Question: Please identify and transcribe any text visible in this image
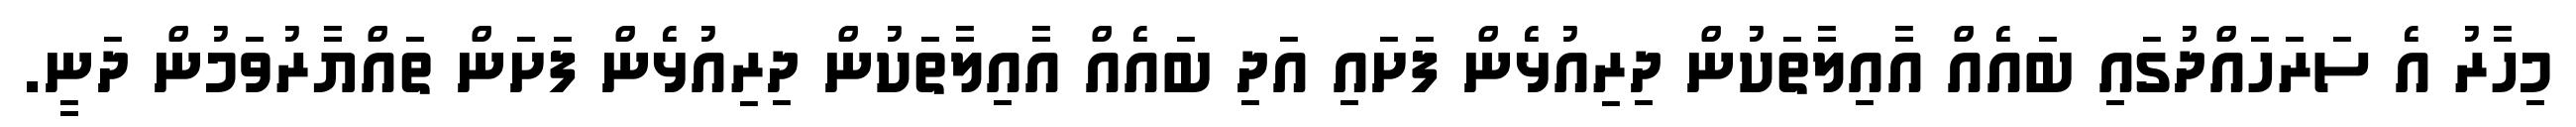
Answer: މިހާރު އެ ސަރަހައްދުގައި ބައެއް އާއިލާތަކުން ދިރިއުޅެން ފަށައި އަދި ބައެއް އާއިލާތަކުން ދިރިއުޅެން ފަށަން ތައްޔާރުވަމުން ދަނީ.